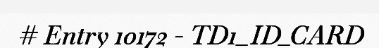
# Entry 10172 - TD1_ID_CARD